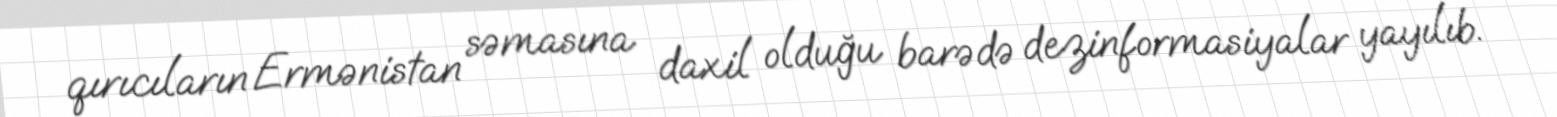
qırıcıların Ermənistan səmasına daxil olduğu barədə dezinformasiyalar yayılıb.